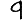
Digit: 9